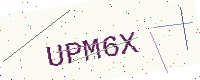
Text: UPM6X